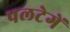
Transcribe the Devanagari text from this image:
पलटेगें